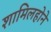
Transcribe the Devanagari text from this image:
शामिलहोने